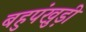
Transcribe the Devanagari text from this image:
बहुपंखुड़ी